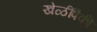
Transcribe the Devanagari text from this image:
खेळींपैकी